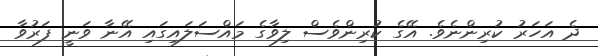
ދެ އަހަރު ކުރިންނެވެ. އޭގެ ކުރިންވެސް ލިވާގެ މައްސަލައިގައި އޭނާ ވަނީ ފަރުވާ